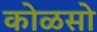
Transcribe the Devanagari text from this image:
कोळसो